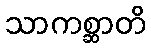
သာကစ္ဆာတိ